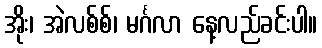
အိုး၊ အဲလစ်စ်၊ မင်္ဂလာ နေ့လည်ခင်းပါ။